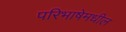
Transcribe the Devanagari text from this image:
परिभाषेमधील